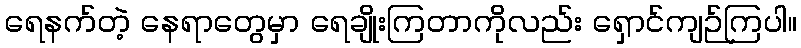
ရေနက်တဲ့ နေရာတွေမှာ ရေချိုးကြတာကိုလည်း ရှောင်ကျဉ်ကြပါ။